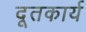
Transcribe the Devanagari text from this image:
दूतकार्य